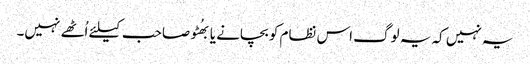
یہ نہیں کہ یہ لوگ اس نظام کو بچانے یا بھُٹو صاحب کیلئے اُٹھے نہیں۔